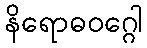
နိရောဓဝဂ္ဂေါ